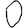
Digit: 0